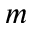
m